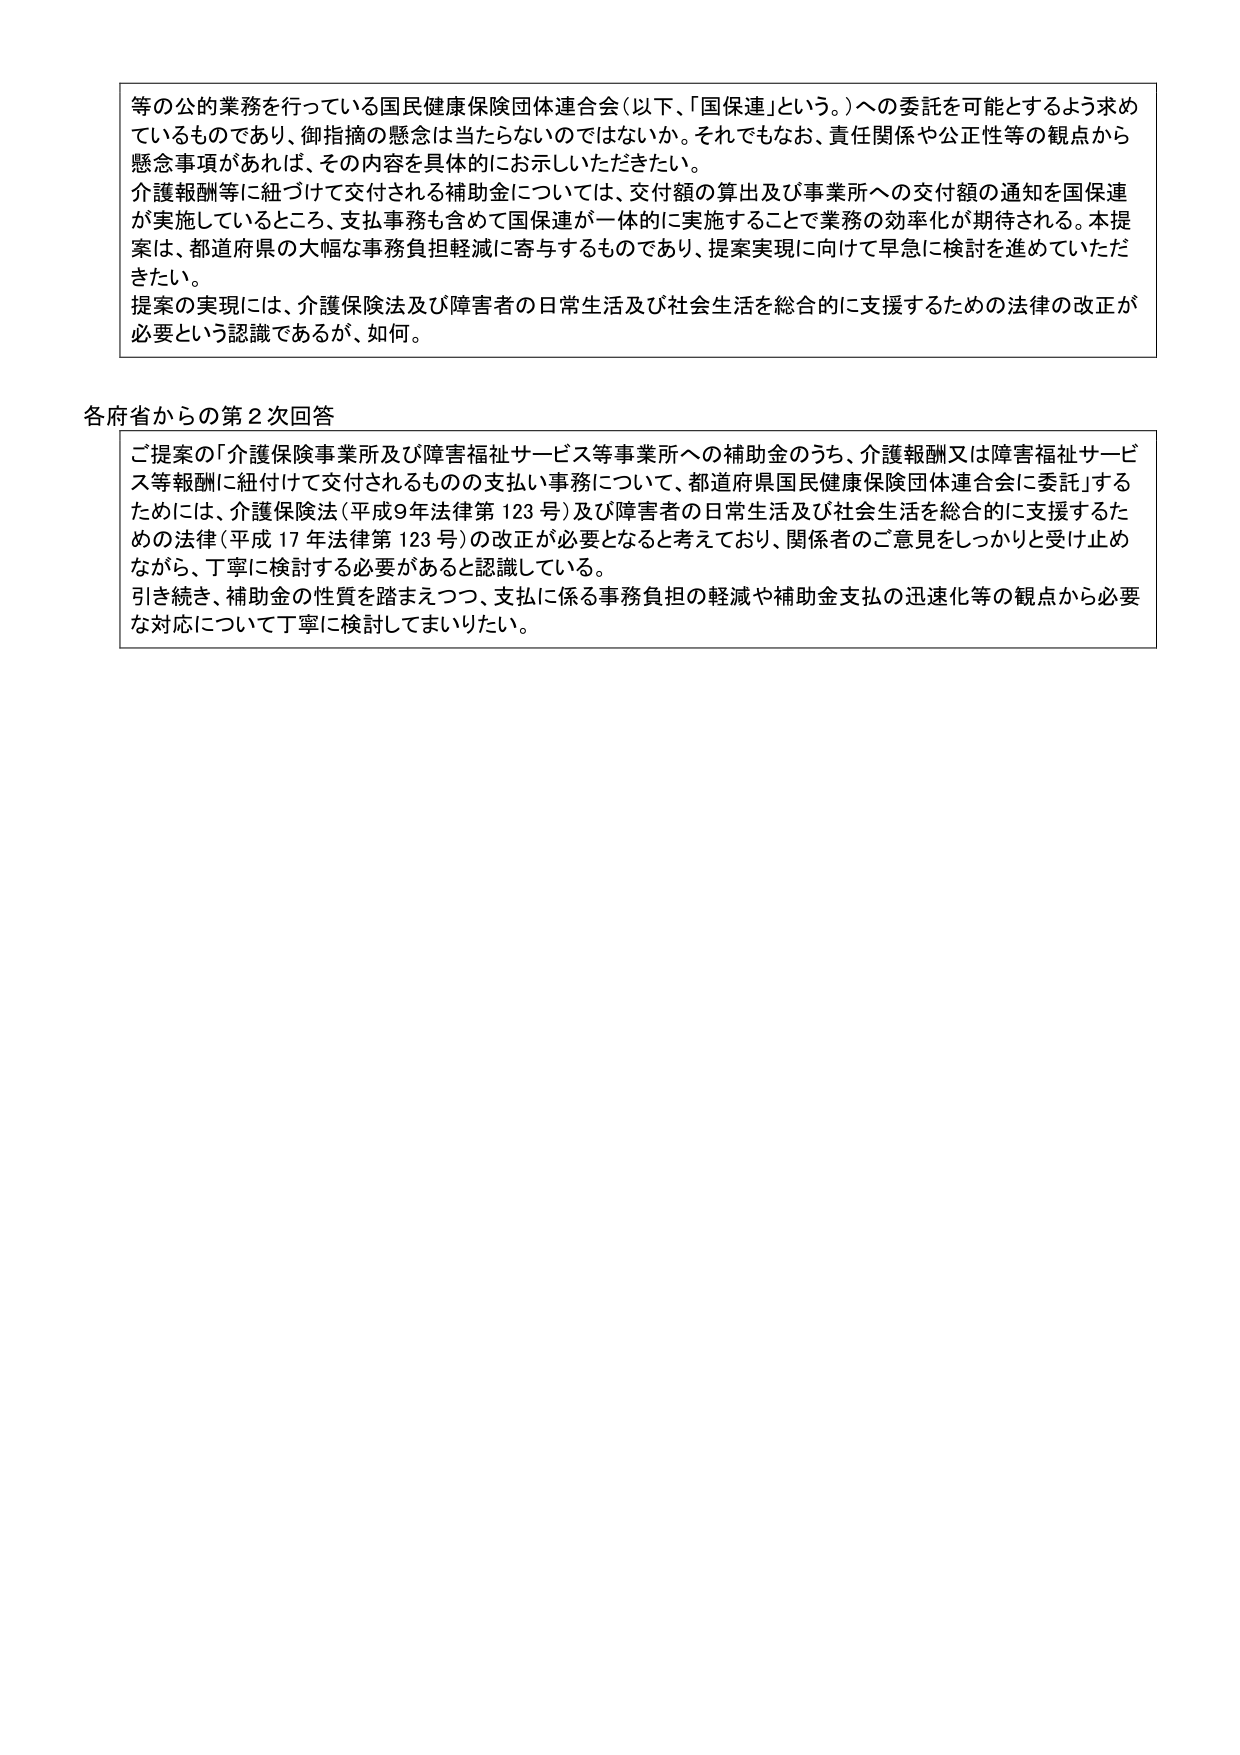
等の公的業務を行っている国民健康保険団体連合会（以下、「国保連」という。）への委託を可能とするよう求めているものであり、御指摘の懸念は当たらないのではないか。それでもなお、責任関係や公正性等の観点から懸念事項があれば、その内容を具体的にお示しいただきたい。

介護報酬等に紐づけて交付される補助金については、交付額の算出及び事業所への交付額の通知を国保連が実施しているところ、支払事務も含めて国保連が一体的に実施することで業務の効率化が期待される。本提案は、都道府県の大幅な事務負担軽減に寄与するものであり、提案実現に向けて早急に検討を進めていただきたい。

提案の実現には、介護保険法及び障害者の日常生活及び社会生活を総合的に支援するための法律の改正が必要という認識であるが、如何。

各府省からの第2次回答

ご提案の「介護保険事業所及び障害福祉サービス等事業所への補助金のうち、介護報酬又は障害福祉サービス等報酬に紐付けて交付されるものの支払い事務について、都道府県国民健康保険団体連合会に委託」するためには、介護保険法（平成9年法律第123号）及び障害者の日常生活及び社会生活を総合的に支援するための法律（平成17年法律第123号）の改正が必要となると考えており、関係者のご意見をしっかりと受け止めながら、丁寧に検討する必要があると認識している。

引き続き、補助金の性質を踏まえつつ、支払に係る事務負担の軽減や補助金支払の迅速化等の観点から必要な対応について丁寧に検討してまいりたい。